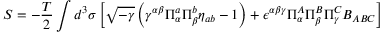
S = - \frac { T } { 2 } \int d ^ { 3 } \sigma \left[ \sqrt { - \gamma } \left( \gamma ^ { \alpha \beta } \Pi _ { \alpha } ^ { a } \Pi _ { \beta } ^ { b } \eta _ { a b } - 1 \right) + \epsilon ^ { \alpha \beta \gamma } \Pi _ { \alpha } ^ { A } \Pi _ { \beta } ^ { B } \Pi _ { \gamma } ^ { C } B _ { A B C } \right]